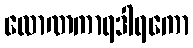
လောဏကာရဒါရကော